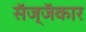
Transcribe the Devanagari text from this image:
सॅज्जॅकार